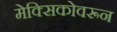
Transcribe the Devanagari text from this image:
मेक्सिकोवरून